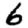
Digit: 6